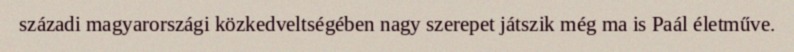
századi magyarországi közkedveltségében nagy szerepet játszik még ma is Paál életműve.